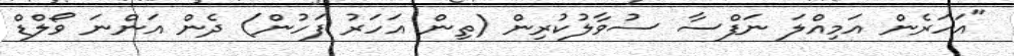
"އަހަރެން އަމިއްލަ ނަފްސާ ސުވާލުކުރިން (ތިން އަހަރު ފަހުން) ދެން އަންނަ ވޯލްޑް